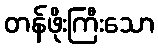
တန်ဖိုးကြီးသော